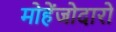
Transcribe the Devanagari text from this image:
मोहेंजोदारो